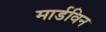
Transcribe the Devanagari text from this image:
मार्डविन